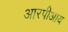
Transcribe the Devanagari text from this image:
आरपीआय